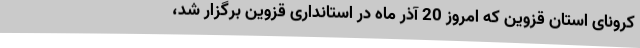
کرونای استان قزوین که امروز 20 آذر ماه در استانداری قزوین برگزار شد،